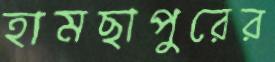
হামছাপুরের